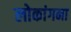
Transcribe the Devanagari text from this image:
लोकांगना